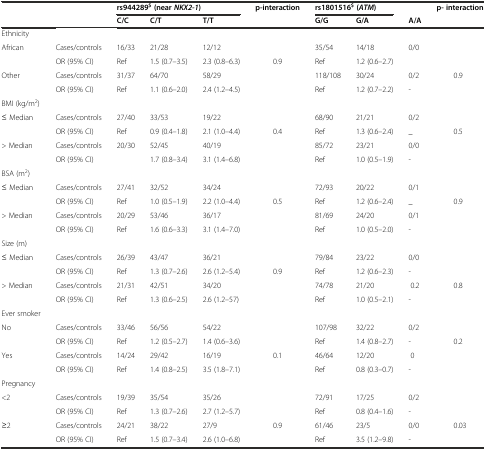
<table><thead><tr><td rowspan="2"></td><td rowspan="2"></td><td colspan="3"><b>rs944289<sup>$</sup>(near<i>NKX2-1</i>)</b></td><td><b>p-interaction</b></td><td colspan="2"><b>rs1801516<sup>$</sup>(<i>ATM</i>)</b></td><td></td><td><b>p- interaction</b></td></tr><tr><td><b>C/C</b></td><td><b>C/T</b></td><td><b>T/T</b></td><td></td><td><b>G/G</b></td><td><b>G/A</b></td><td><b>A/A</b></td><td></td></tr></thead><tbody><tr><td>Ethnicity</td><td></td><td></td><td></td><td></td><td></td><td></td><td></td><td></td><td></td></tr><tr><td>African</td><td>Cases/controls</td><td>16/33</td><td>21/28</td><td>12/12</td><td></td><td>35/54</td><td>14/18</td><td>0/0</td><td></td></tr><tr><td></td><td>OR (95% CI)</td><td>Ref</td><td>1.5 (0.7–3.5)</td><td>2.3 (0.8–6.3)</td><td>0.9</td><td>Ref</td><td>1.2 (0.6–2.7)</td><td></td><td></td></tr><tr><td>Other</td><td>Cases/controls</td><td>31/37</td><td>64/70</td><td>58/29</td><td></td><td>118/108</td><td>30/24</td><td>0/2</td><td>0.9</td></tr><tr><td></td><td>OR (95% CI)</td><td>Ref</td><td>1.1 (0.6–2.0)</td><td>2.4 (1.2–4.5)</td><td></td><td>Ref</td><td>1.2 (0.7–2.2)</td><td>-</td><td></td></tr><tr><td>BMI (kg/m<sup>2</sup>)</td><td></td><td></td><td></td><td></td><td></td><td></td><td></td><td></td><td></td></tr><tr><td>≤ Median</td><td>Cases/controls</td><td>27/40</td><td>33/53</td><td>19/22</td><td></td><td>68/90</td><td>21/21</td><td>0/2</td><td></td></tr><tr><td></td><td>OR (95% CI)</td><td>Ref</td><td>0.9 (0.4–1.8)</td><td>2.1 (1.0–4.4)</td><td>0.4</td><td>Ref</td><td>1.3 (0.6–2.4)</td><td>_</td><td>0.5</td></tr><tr><td>&gt; Median</td><td>Cases/controls</td><td>20/30</td><td>52/45</td><td>40/19</td><td></td><td>85/72</td><td>23/21</td><td>0/0</td><td></td></tr><tr><td></td><td>OR (95% CI)</td><td></td><td>1.7 (0.8–3.4)</td><td>3.1 (1.4–6.8)</td><td></td><td>Ref</td><td>1.0 (0.5–1.9)</td><td>-</td><td></td></tr><tr><td>BSA (m<sup>2</sup>)</td><td></td><td></td><td></td><td></td><td></td><td></td><td></td><td></td><td></td></tr><tr><td>≤ Median</td><td>Cases/controls</td><td>27/41</td><td>32/52</td><td>34/24</td><td></td><td>72/93</td><td>20/22</td><td>0/1</td><td></td></tr><tr><td></td><td>OR (95% CI)</td><td>Ref</td><td>1.0 (0.5–1.9)</td><td>2.2 (1.0–4.4)</td><td>0.5</td><td>Ref</td><td>1.2 (0.6–2.4)</td><td>_</td><td>0.9</td></tr><tr><td>&gt; Median</td><td>Cases/controls</td><td>20/29</td><td>53/46</td><td>36/17</td><td></td><td>81/69</td><td>24/20</td><td>0/1</td><td></td></tr><tr><td></td><td>OR (95% CI)</td><td>Ref</td><td>1.6 (0.6–3.3)</td><td>3.1 (1.4–7.0)</td><td></td><td>Ref</td><td>1.0 (0.5–2.0)</td><td>-</td><td></td></tr><tr><td>Size (m)</td><td></td><td></td><td></td><td></td><td></td><td></td><td></td><td></td><td></td></tr><tr><td>≤ Median</td><td>Cases/controls</td><td>26/39</td><td>43/47</td><td>36/21</td><td></td><td>79/84</td><td>23/22</td><td>0/0</td><td></td></tr><tr><td></td><td>OR (95% CI)</td><td>Ref</td><td>1.3 (0.7–2.6)</td><td>2.6 (1.2–5.4)</td><td>0.9</td><td>Ref</td><td>1.2 (0.6–2.3)</td><td>-</td><td></td></tr><tr><td>&gt; Median</td><td>Cases/controls</td><td>21/31</td><td>42/51</td><td>34/20</td><td></td><td>74/78</td><td>21/20</td><td>0.2</td><td>0.8</td></tr><tr><td></td><td>OR (95% CI)</td><td>Ref</td><td>1.3 (0.6–2.5)</td><td>2.6 (1.2–57)</td><td></td><td>Ref</td><td>1.0 (0.5–2.1)</td><td>-</td><td></td></tr><tr><td>Ever smoker</td><td></td><td></td><td></td><td></td><td></td><td></td><td></td><td></td><td></td></tr><tr><td>No</td><td>Cases/controls</td><td>33/46</td><td>56/56</td><td>54/22</td><td></td><td>107/98</td><td>32/22</td><td>0/2</td><td></td></tr><tr><td></td><td>OR (95% CI)</td><td>Ref</td><td>1.2 (0.5–2.7)</td><td>1.4 (0.6–3.6)</td><td></td><td>Ref</td><td>1.4 (0.8–2.7)</td><td>-</td><td>0.2</td></tr><tr><td>Yes</td><td>Cases/controls</td><td>14/24</td><td>29/42</td><td>16/19</td><td>0.1</td><td>46/64</td><td>12/20</td><td>0</td><td></td></tr><tr><td></td><td>OR (95% CI)</td><td>Ref</td><td>1.4 (0.8–2.5)</td><td>3.5 (1.8–7.1)</td><td></td><td>Ref</td><td>0.8 (0.3–0.7)</td><td>-</td><td></td></tr><tr><td>Pregnancy</td><td></td><td></td><td></td><td></td><td></td><td></td><td></td><td></td><td></td></tr><tr><td>&lt;2</td><td>Cases/controls</td><td>19/39</td><td>35/54</td><td>35/26</td><td></td><td>72/91</td><td>17/25</td><td>0/2</td><td></td></tr><tr><td></td><td>OR (95% CI)</td><td>Ref</td><td>1.3 (0.7–2.6)</td><td>2.7 (1.2–5.7)</td><td></td><td>Ref</td><td>0.8 (0.4–1.6)</td><td>-</td><td></td></tr><tr><td>≥2</td><td>Cases/controls</td><td>24/21</td><td>38/22</td><td>27/9</td><td>0.9</td><td>61/46</td><td>23/5</td><td>0/0</td><td>0.03</td></tr><tr><td></td><td>OR (95% CI)</td><td>Ref</td><td>1.5 (0.7–3.4)</td><td>2.6 (1.0–6.8)</td><td></td><td>Ref</td><td>3.5 (1.2–9.8)</td><td>-</td><td></td></tr></tbody></table>